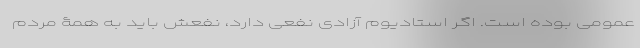
عمومی بوده است. اگر استادیوم آزادی نفعی دارد، نفعش باید به همۀ مردم